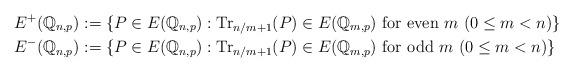
LaTeX: \begin{align*}E^+(\mathbb{Q}_{n,p}) & := \lbrace P \in E(\mathbb{Q}_{n,p}) : \mathrm{Tr}_{n/m+1} (P) \in E(\mathbb{Q}_{m,p}) \textrm{ for even } m \ (0 \leq m < n)\rbrace \\E^-(\mathbb{Q}_{n,p}) & := \lbrace P \in E(\mathbb{Q}_{n,p}) : \mathrm{Tr}_{n/m+1} (P) \in E(\mathbb{Q}_{m,p}) \textrm{ for odd } m \ (0 \leq m < n)\rbrace\end{align*}